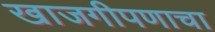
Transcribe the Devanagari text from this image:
खाजगीपणाचा